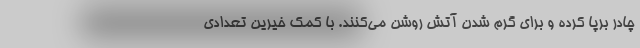
چادر برپا کرده و برای گرم شدن آتش روشن می‌کنند. با کمک خیرین تعدادی